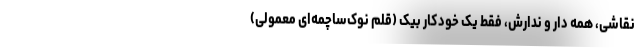
نقاشی، همه دار و ندارش، فقط یک خودکار بیک (قلم نوک‌ساچمه‌ای معمولی)